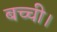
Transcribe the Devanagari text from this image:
बच्ची।